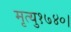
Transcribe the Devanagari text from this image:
मृत्यु१७४०।